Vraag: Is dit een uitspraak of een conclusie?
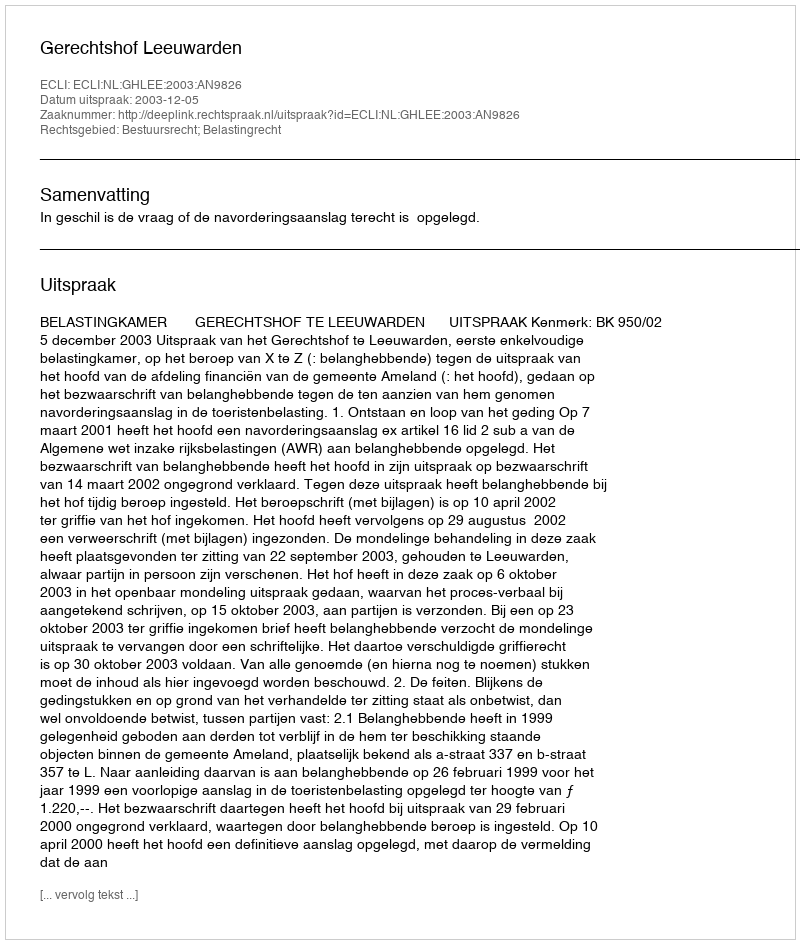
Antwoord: Uitspraak